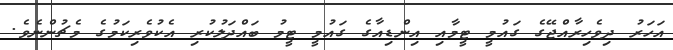
އަހަރު ދިވެހިރާއްޖޭގެ ގައުމީ ޓީމާއި އިންޑިއާގެ ގައުމީ ޓީމު ބައްދަލުކުރި އެކުވެރިކަމުގެ މެޗުންނެވެ.